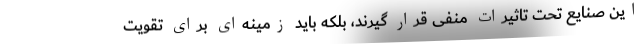
این صنایع تحت تاثیرات منفی قرار گیرند، بلکه باید زمینه‌ای برای تقویت